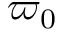
\varpi _ { 0 }